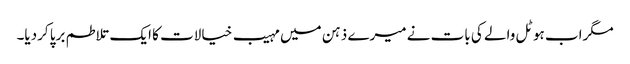
مگراب ہوٹل والے کی بات نے میرے ذہن میں مہیب خیالات کا ایک تلاطم برپا کردیا۔